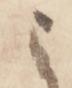
云